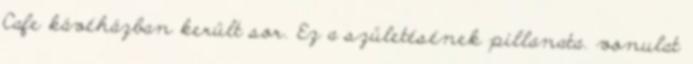
Cafe kávéházban került sor. Ez a születésének pillanata. vonulat